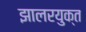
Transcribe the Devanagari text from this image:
झालरयुक्त